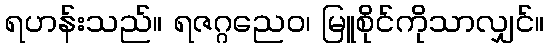
ရဟန်းသည်။ ရဇဂ္ဂညေဝ၊ မြူစိုင်ကိုသာလျှင်။